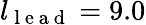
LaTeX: l_{\mathrm{~l~e~a~d~}}=9.0